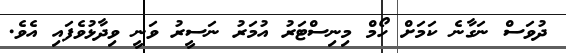
ދުވަސް ނަގާނެ ކަމަށް ހޯމް މިނިސްޓަރު އުމަރު ނަސީރު ވަނީ ވިދާޅުވެފައި އެވެ.